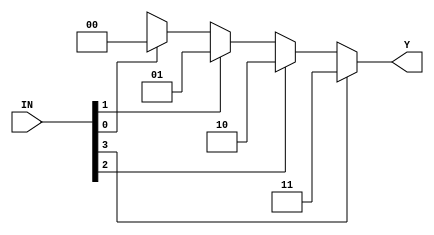
`timescale 1ns / 1ps
//////////////////////////////////////////////////////////////////////////////////

// ID          : N180116
//Branch       : ECE
//Project Name : RTL design using Verilog
//Design  Name : N BIT PRIORITY ENCODER
//Module  Name : priority_encoder_Nbit
//RGUKT NUZVID 
//////////////////////////////////////////////////////////////////////////////////


module priority_encoder_Nbit #(parameter N = 4 )(IN,Y);
input [N-1:0] IN;
output reg [$clog2(N)-1:0] Y;

integer k;
always @(IN)
begin
	Y='bx;
	for(k=0; k<N; k=k+1)
	begin
		if(IN[k])
			Y = k;
	end
end
 
endmodule